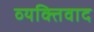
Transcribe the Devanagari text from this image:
व्‍यक्तिवाद